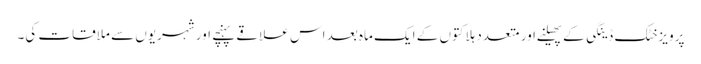
پرویزخٹک ڈینگی کے پھیلنے اور متعدد ہلاکتوں کے ایک ماہ بعد اس علاقے پہنچے اور شہریوں سے ملاقات کی۔